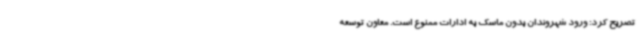
تصریح کرد: ورود شهروندان بدون ماسک به ادارات ممنوع است. معاون توسعه